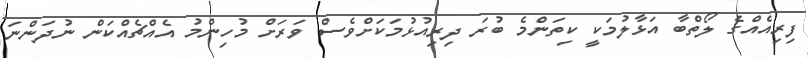
ފިރިއެއްގެ ލޯތްބާ އަޅާލުމަކީ ކިތަންމެ ބުރަ ދިރިއުޅުމަކަށްވެސް ވަރަށް މުހިންމު އެއްޗެއްކަން ނުދަންނަ